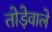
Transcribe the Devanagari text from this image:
तोड़ेवाले